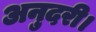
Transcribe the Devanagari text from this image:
अनुदरी।